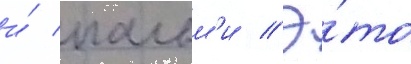
и́ пальм'и // Э́то